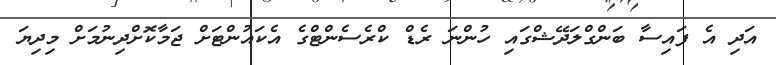
އަދި އެ ފައިސާ ބަންގްލަދޭޝްގައި ހުންނަ ރެޑް ކްރެސެންޓްގެ އެކައުންޓަށް ޖަމާކޮށްދިނުމަށް މިދިޔަ